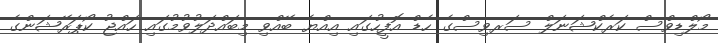
މޯލްޑިވްސް ކަރެކްޝަނަލް ސަރވިސްގެ ހެޑް އޮފީހުގައި އިއްޔެ ބޭއްވި މިބައްދަލުވުމުގައި ހައްޖު ކޯޕަރޭޝަންގެ